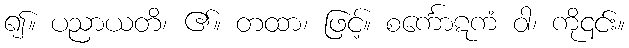
၍။ ပညာယတိ၊ ၏။ တထာ၊ ဖြင့်။ စင်္ကောဋကံ ဝါ၊ ကို၎င်း။